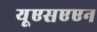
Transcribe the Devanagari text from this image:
यूएसएएन